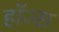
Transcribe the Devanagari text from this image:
हाॅज्स